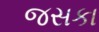
જસકા